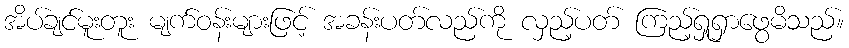
အိပ်ချင်မူးတူး မျက်ဝန်းများဖြင့် အခန်းပတ်လည်ကို လှည့်ပတ် ကြည့်ရှုရှာဖွေမိသည်။